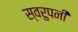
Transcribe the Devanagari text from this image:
स्वरुपनी